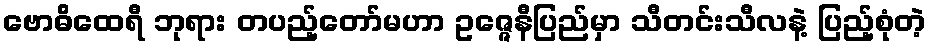
ဗောဓိထေရီ ဘုရား တပည့်တော်မဟာ ဥဇ္ဇေနီပြည်မှာ သီတင်းသီလနဲ့ ပြည့်စုံတဲ့